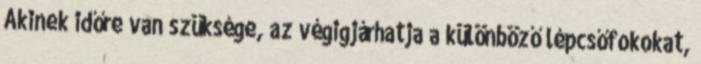
Akinek időre van szüksége, az végigjárhatja a különböző lépcsőfokokat,